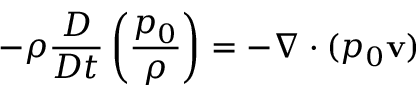
- \rho \frac { D } { D t } \left( \frac { p _ { 0 } } { \rho } \right) = - \nabla \cdot ( p _ { 0 } { \bf v } )